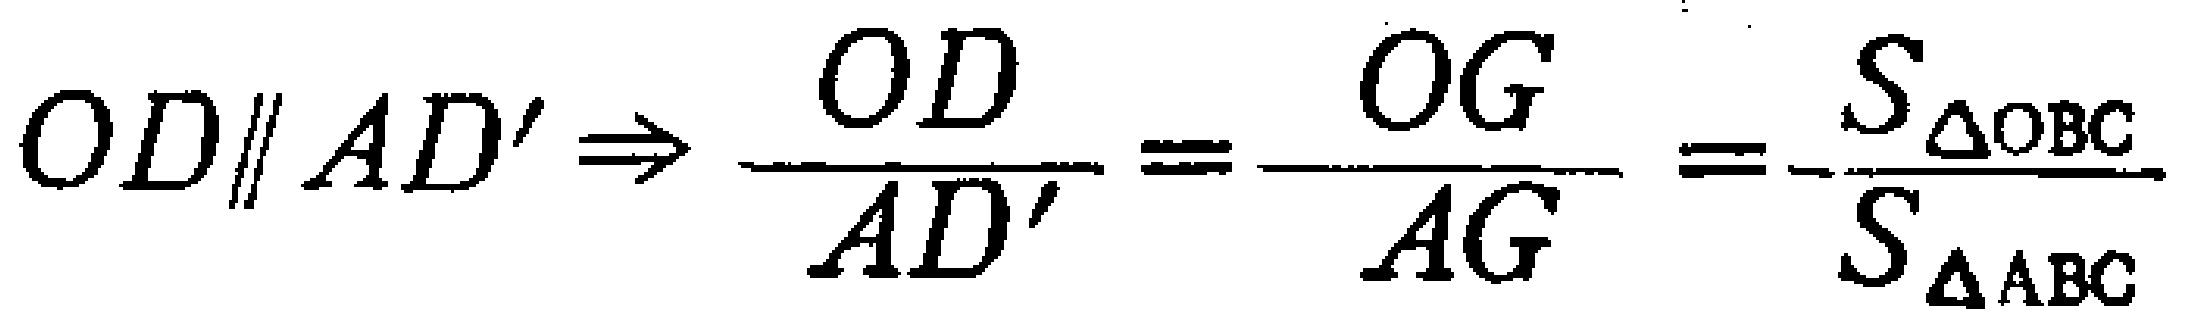
$OD\parallel AD'\Rightarrow \frac{OD}{AD'}=\frac{OG}{AG}=\frac{S_{\triangle OBC}}{S_{\triangle ABC}}$